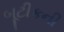
બૂટીકની